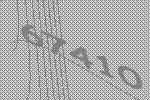
67410